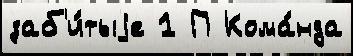
заб'и́тыjе 1 П Кома́нда